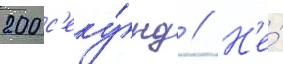
200 с'еку́нд // Н'е́